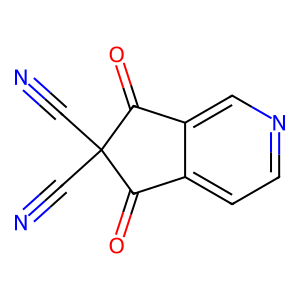
SMILES: N#CC1(C#N)C(=O)c2ccncc2C1=O
Inhibits HIV replication: No